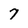
Character: 7